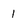
Character: 1